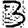
Digit: 3